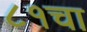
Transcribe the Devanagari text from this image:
८१चा